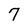
Character: 7